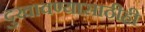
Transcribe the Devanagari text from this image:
दुखावण्यासाठीही